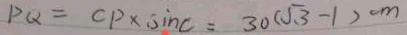
P Q = C P \times \sin C = 3 0 ( \sqrt { 3 } - 1 ) c m